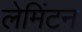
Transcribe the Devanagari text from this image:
लेमिंटन